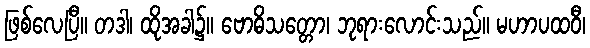
ဖြစ်လေပြီ။ တဒါ၊ ထိုအခါ၌။ ဗောဓိသတ္တော၊ ဘုရားလောင်းသည်။ မဟာပထဝီ၊